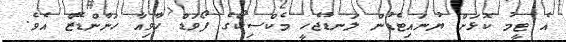
އެ ޓީމު ކޮޅަށް ޔުނައިޓެޑުން ލަނޑުޖެހީ މެކްސިކޯގެ ފޯވަޑް ހާވިއާ ހަނާންޑޭޒް އެވެ.